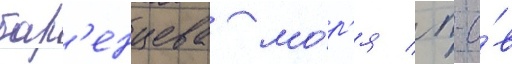
бар'енцева мо́р'я / п-о́в